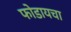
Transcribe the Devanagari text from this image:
फोडायचा